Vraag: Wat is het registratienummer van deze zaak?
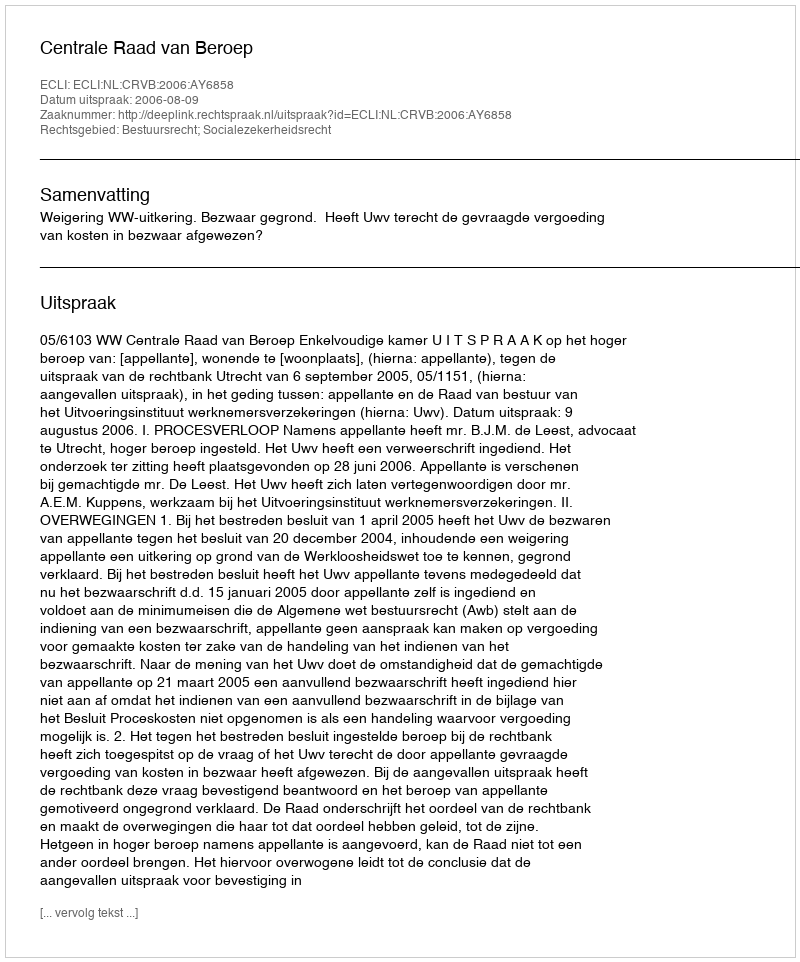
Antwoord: http://deeplink.rechtspraak.nl/uitspraak?id=ECLI:NL:CRVB:2006:AY6858